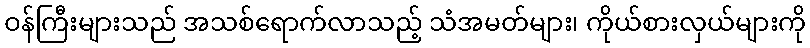
ဝန်ကြီးများသည် အသစ်ရောက်လာသည့် သံအမတ်များ၊ ကိုယ်စားလှယ်များကို